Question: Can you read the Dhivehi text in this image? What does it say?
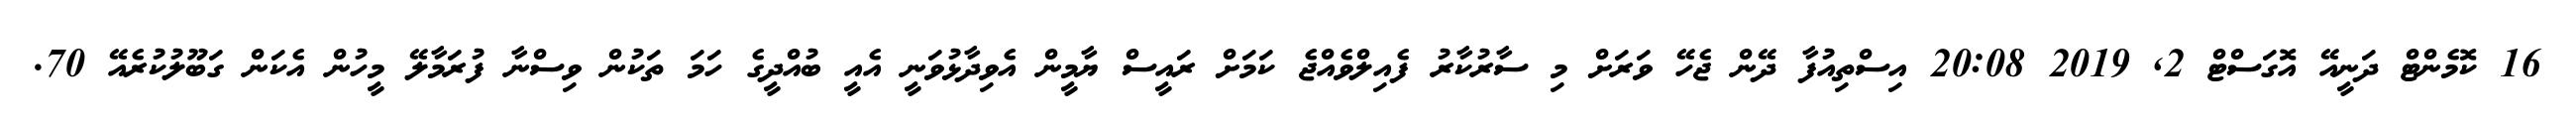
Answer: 16 ކޮމެންޓް ދަނީއޭ އޮގަސްޓް 2, 2019 20:08 އިސްތިއުފާ ދޭން ޖެހޭ ވަރަށް މި ސާރުކާރު ފެއިލްވެއްޖެ ކަމަށް ރައީސް ޔާމީން އެވިދާޅުވަނީ އެއީ ބުއްދީގެ ހަމަ ތަކުން ވިސްނާ ފުރަމާލޭ މީހުން އެކަން ގަބޫލުކުރެއޭ 70.